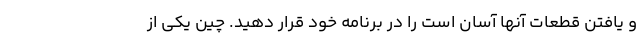
و یافتن قطعات آنها آسان است را در برنامه خود قرار دهید. چین یکی از